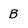
Character: B